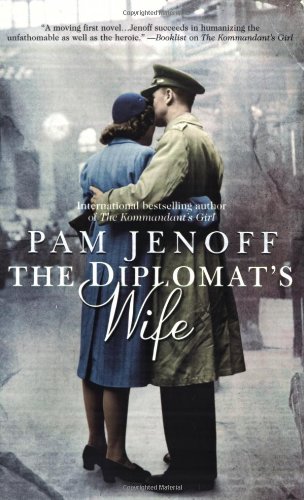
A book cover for The Diplomat's Wife; Pam Jenoff; Romance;